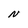
Character: N